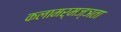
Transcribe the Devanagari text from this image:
कलामर्मज्ञता